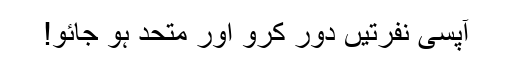
آپسی نفرتیں دور کرو اور متحد ہو جائو!